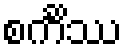
စင်္ကိဿ